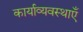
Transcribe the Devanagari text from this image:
कार्याव्यवस्थाएँ